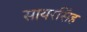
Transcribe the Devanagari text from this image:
सायरसिंह